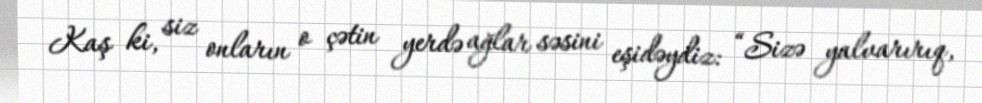
Kaş ki, siz onların o çətin yerdə ağlar səsini eşidəydiz: “Sizə yalvarırıq,